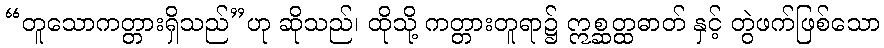
“တူသောကတ္တားရှိသည်”ဟု ဆိုသည်၊ ထိုသို့ ကတ္တားတူရာ၌ ဣစ္ဆတ္ထဓာတ် နှင့် တွဲဖက်ဖြစ်သော